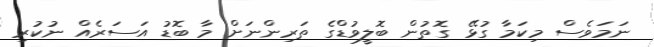
ނަމަވެސް މިކަމާ ގުޅޭ ގޮތުން ބޮލީވުޑްގެ ތަރިންނަށް މާ ބޮޑު އަސަރެއް ނުކުރި